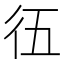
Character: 鿉